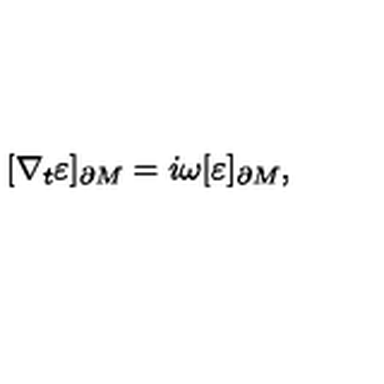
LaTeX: [ \nabla _ { t } \varepsilon ] _ { \partial M } = i \omega [ \varepsilon ] _ { \partial M } ,